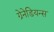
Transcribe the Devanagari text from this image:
ग्रेनेडियन्स